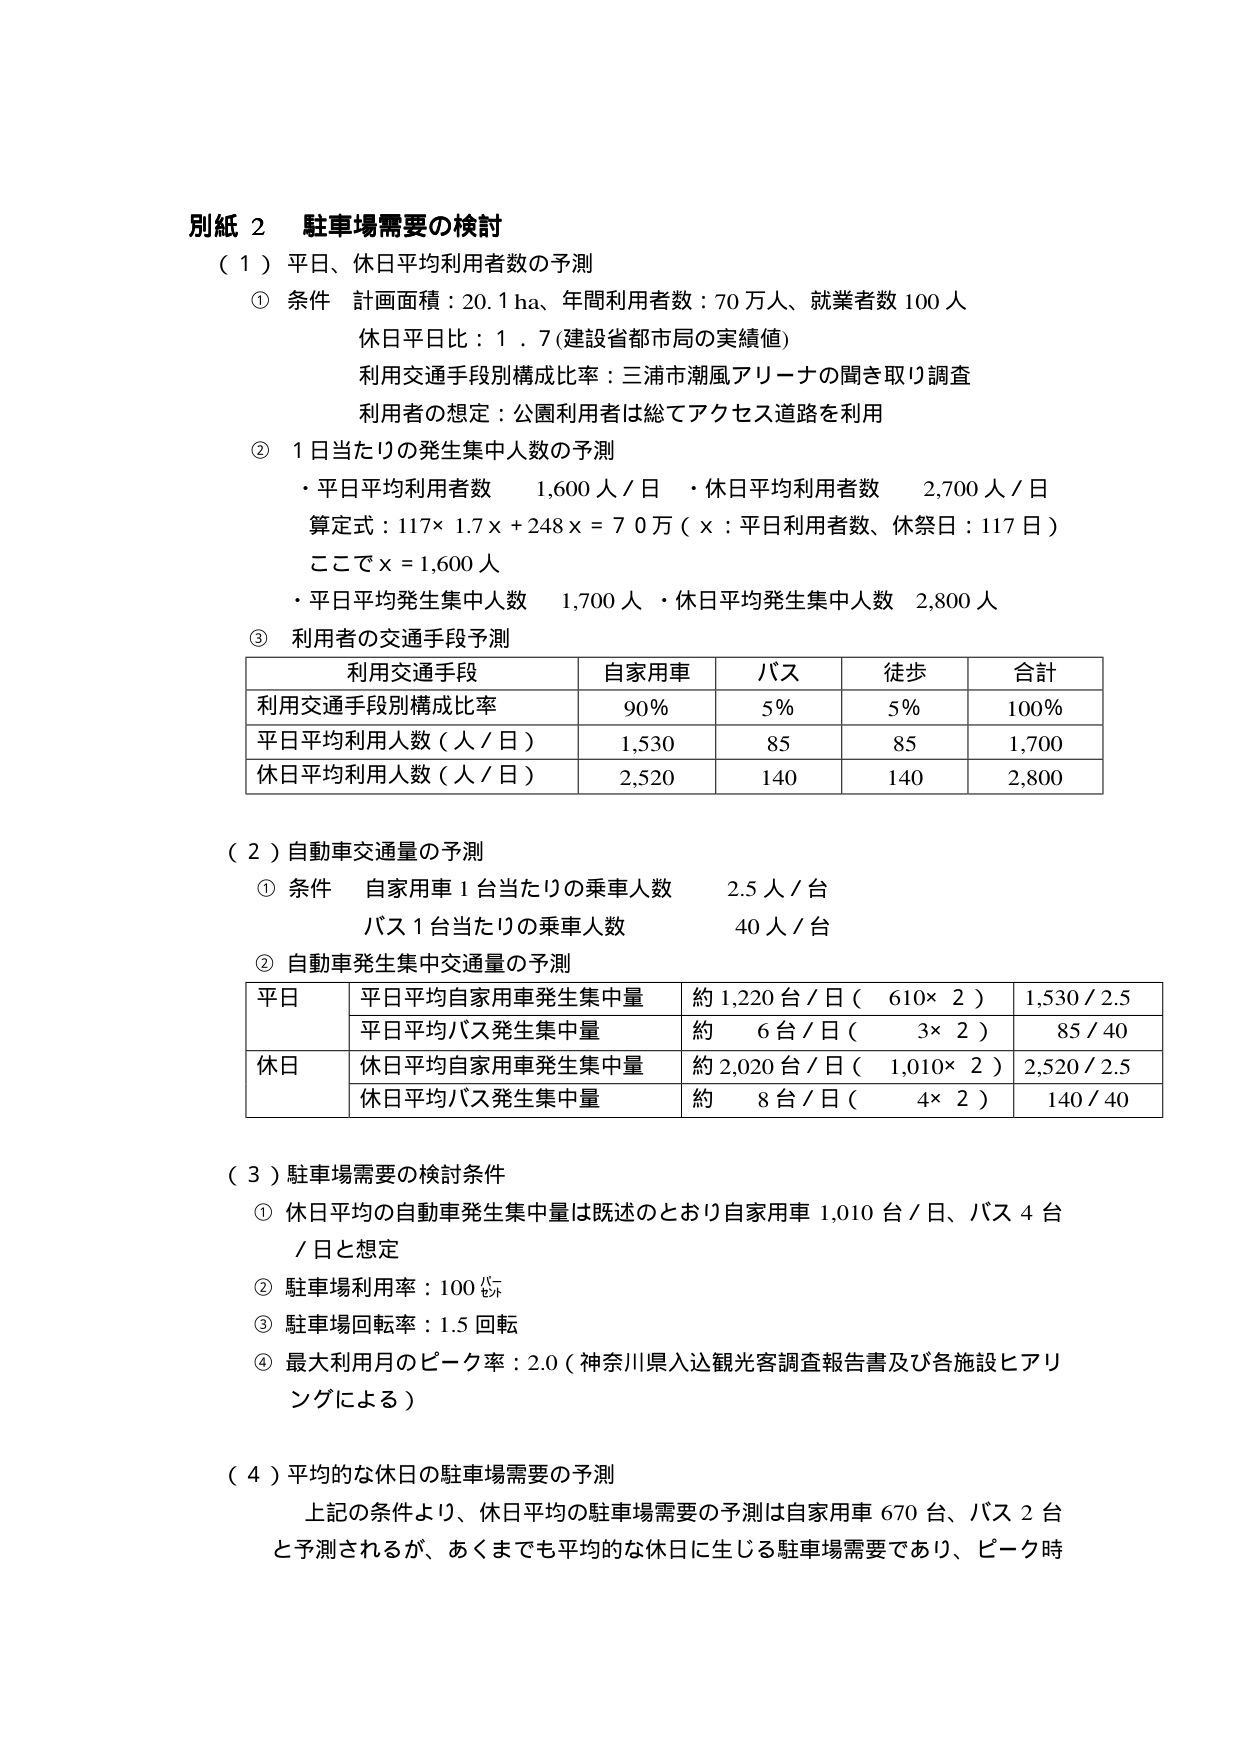
別紙 2 駐車場需要の検討
（１）平日、休日平均利用者数の予測
　① 条件 計画面積：20.1 ha、年間利用者数：70万人、就業者数 100人
　　　休日平日比：1．7（建設省都市局の実績値）
　　　利用交通手段別構成比率：三浦市潮風アリーナの聞き取り調査
　　　利用者の想定：公園利用者は総てアクセス道路を利用
　② 1日当たりの発生集中人数の予測
　　　・平日平均利用者数　1,600人／日　・休日平均利用者数　2,700人／日
　　　算定式：117×1.7x＋248x＝70万（x：平日利用者数、休祭日：117日）
　　　ここでx＝1,600人
　　　・平日平均発生集中人数　1,700人　・休日平均発生集中人数　2,800人
　③ 利用者の交通手段予測
　　　利用交通手段　自家用車　バス　徒歩　合計
　　　利用交通手段別構成比率　90％　5％　5％　100％
　　　平日平均利用人数（人／日）　1,530　85　85　1,700
　　　休日平均利用人数（人／日）　2,520　140　140　2,800

（２）自動車交通量の予測
　① 条件 自家用車1台当たりの乗車人数　2.5人／台
　　　　バス1台当たりの乗車人数　40人／台
　② 自動車発生集中交通量の予測
　　　平日　平日平均自家用車発生集中量　約1,220台／日（610×2）　1,530／2.5
　　　　　　平日平均バス発生集中量　約　6台／日（3×2）　85／40
　　　休日　休日平均自家用車発生集中量　約2,020台／日（1,010×2）　2,520／2.5
　　　　　　休日平均バス発生集中量　約　8台／日（4×2）　140／40

（３）駐車場需要の検討条件
　① 休日平均の自動車発生集中量は既述のとおり自家用車1,010台／日、バス4台／日と想定
　② 駐車場利用率：100％
　③ 駐車場回転率：1.5回転
　④ 最大利用月のピーク率：2.0（神奈川県入込観光客調査報告書及び各施設ヒアリングによる）

（４）平均的な休日の駐車場需要の予測
　　上記の条件より、休日平均の駐車場需要の予測は自家用車670台、バス2台と予測されるが、あくまでも平均的な休日に生じる駐車場需要であり、ピーク時